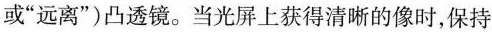
或”远离”）凸透镜。当光屏上获得清晰的像时，保持